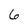
Character: 6